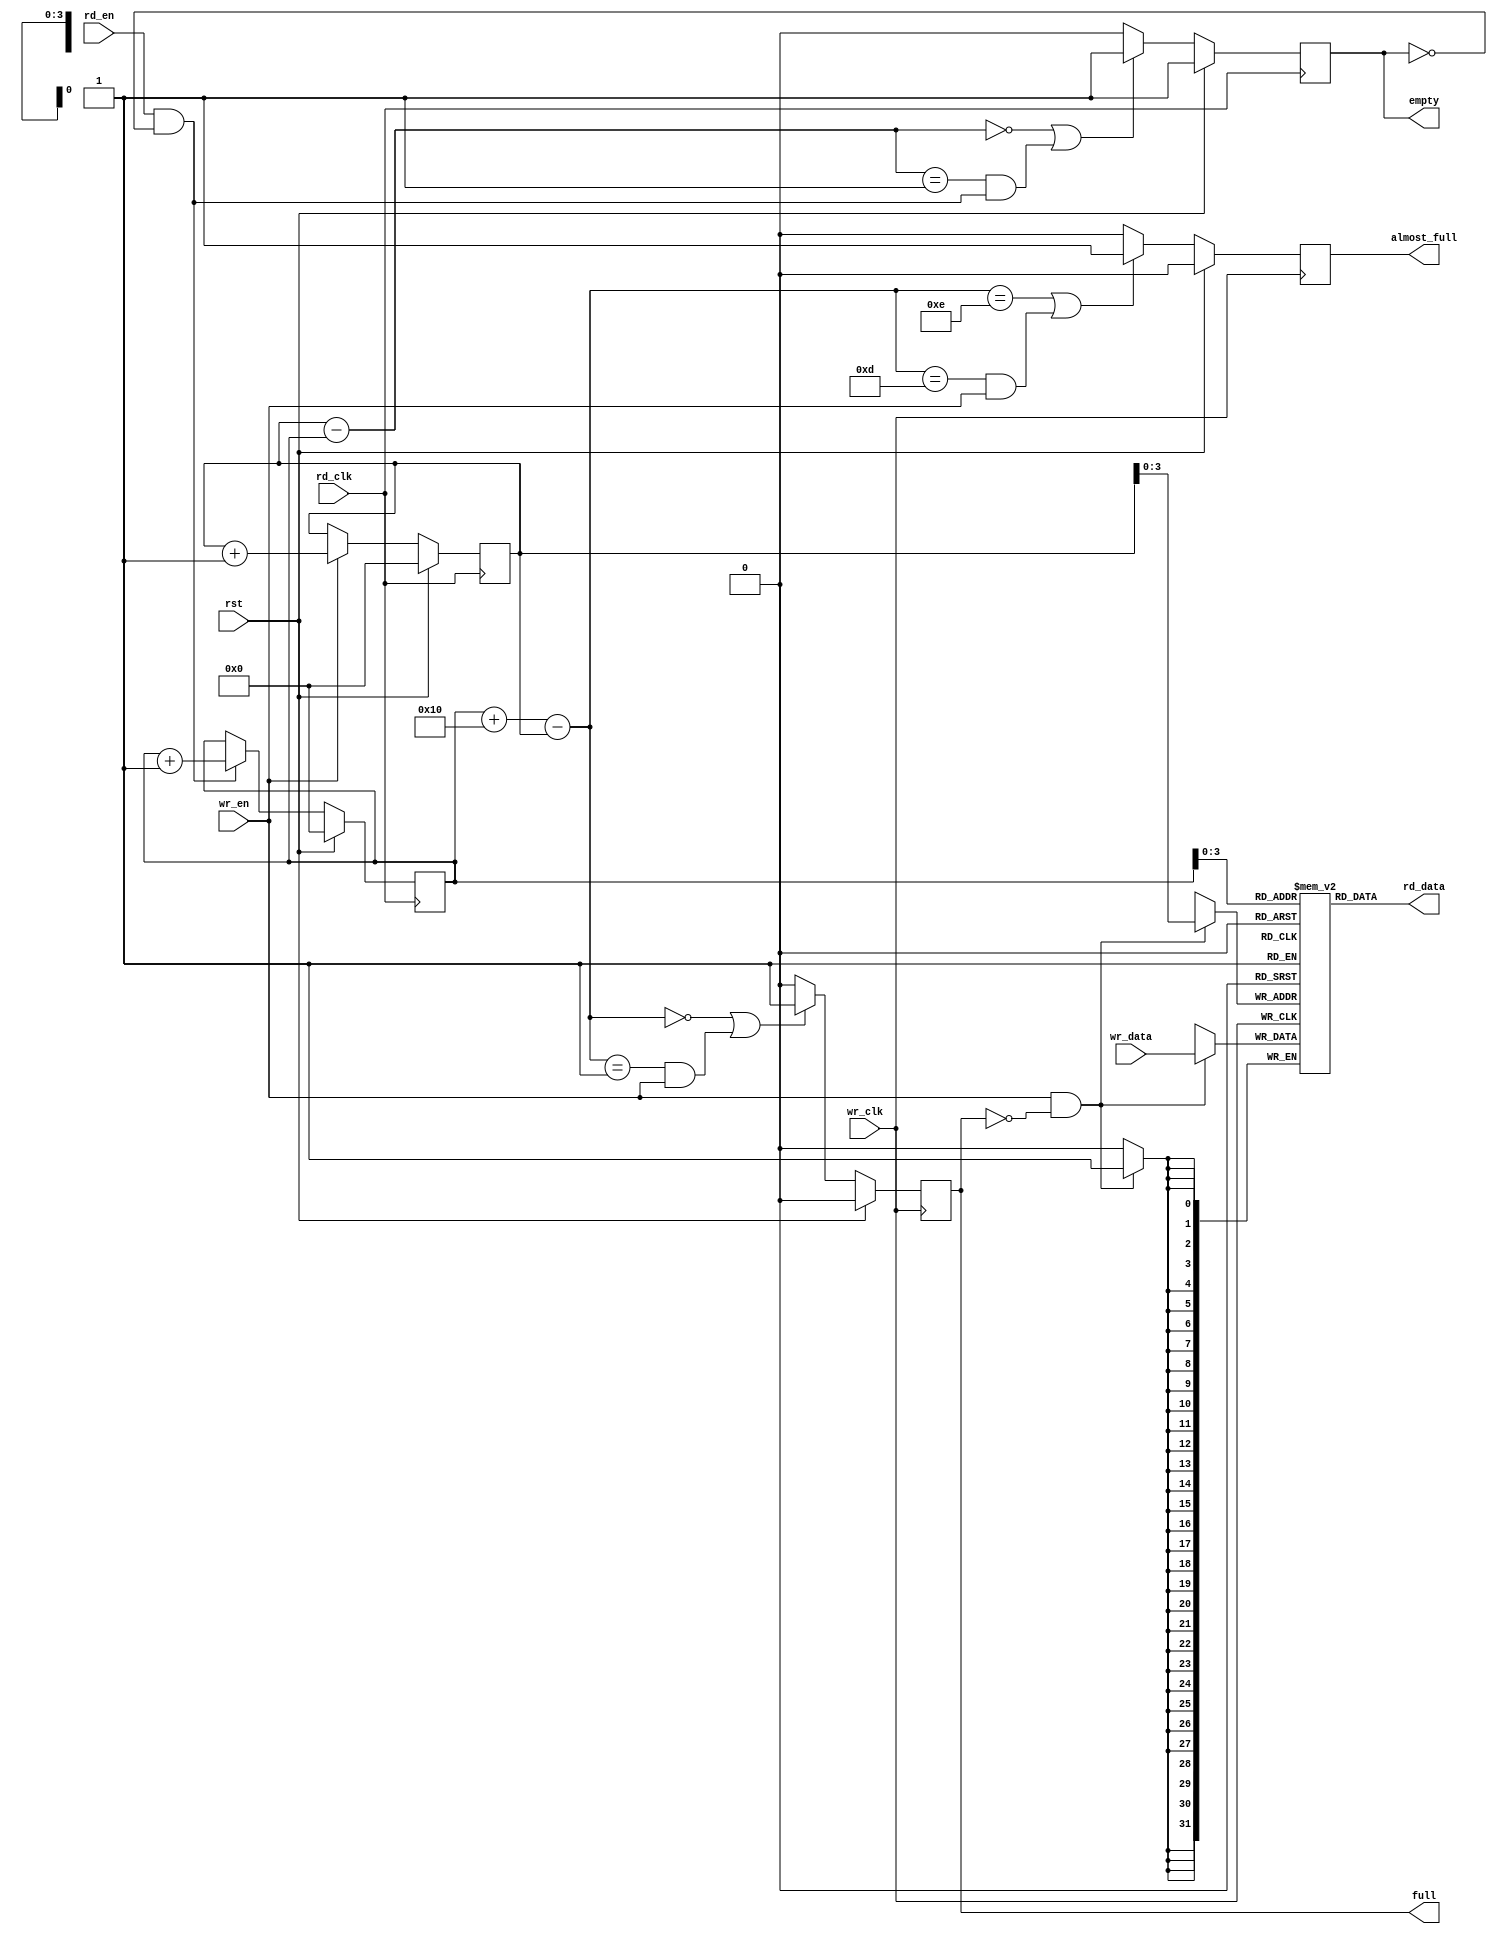
module afifo #
(
 parameter TCQ           = 100,
 parameter DSIZE = 32,
 parameter FIFO_DEPTH = 16,
 parameter ASIZE = 4,
 parameter SYNC = 1   // only has always '1' logic.
)
(
input              wr_clk, 
input              rst,
input              wr_en,
input [DSIZE-1:0]  wr_data,
input              rd_en, 
input              rd_clk, 
output [DSIZE-1:0] rd_data,
output reg         full,
output reg         empty,
output reg         almost_full
);

// memory array
reg [DSIZE-1:0] mem [0:FIFO_DEPTH-1];

//Read Capture Logic
// if Sync = 1, then no need to remove metastability logic because wrclk = rdclk
reg [ASIZE:0] rd_gray_nxt;
reg [ASIZE:0]    rd_gray;
reg [ASIZE:0]    rd_capture_ptr;
reg [ASIZE:0]    pre_rd_capture_gray_ptr;
reg [ASIZE:0]    rd_capture_gray_ptr;
reg [ASIZE:0]    wr_gray;
reg [ASIZE:0] wr_gray_nxt;

reg [ASIZE:0] wr_capture_ptr;
reg [ASIZE:0] pre_wr_capture_gray_ptr;
reg [ASIZE:0] wr_capture_gray_ptr;
wire [ASIZE:0] buf_avail;
wire [ASIZE:0] buf_filled;
wire [ASIZE-1:0] wr_addr, rd_addr;

reg [ASIZE:0]   wr_ptr, rd_ptr;
integer i,j,k;


// for design that use the same clock for both read and write
generate
if (SYNC == 1) begin: RDSYNC
   always @ (rd_ptr)
     rd_capture_ptr = rd_ptr;
end
endgenerate



//capture the wr_gray_pointers to rd_clk domains and convert the gray pointers to binary pointers 
// before do comparison.


  
// if Sync = 1, then no need to remove metastability logic because wrclk = rdclk
generate
if (SYNC == 1) begin: WRSYNC
always @ (wr_ptr)
    wr_capture_ptr = wr_ptr;
end
endgenerate

// dualport ram 
// Memory (RAM) that holds the contents of the FIFO


assign wr_addr = wr_ptr;
assign rd_data = mem[rd_addr];
always @(posedge wr_clk)
begin
if (wr_en && !full)
  mem[wr_addr] <= #TCQ wr_data;

end


// Read Side Logic


assign rd_addr = rd_ptr[ASIZE-1:0];
assign rd_strobe = rd_en && !empty;

integer n;
reg [ASIZE:0] rd_ptr_tmp;
    // change the binary pointer to gray pointer
always @ (rd_ptr)
begin
//  rd_gray_nxt[ASIZE] = rd_ptr_tmp[ASIZE];
//  for (n=0; n < ASIZE; n=n+1) 
//       rd_gray_nxt[n] = rd_ptr_tmp[n] ^ rd_ptr_tmp[n+1];

  rd_gray_nxt[ASIZE] = rd_ptr[ASIZE];
  for (n=0; n < ASIZE; n=n+1) 
       rd_gray_nxt[n] = rd_ptr[n] ^ rd_ptr[n+1];

    
    
end       


always @(posedge rd_clk)
begin
if (rst)
   begin
        rd_ptr <= #TCQ 'b0;
        rd_gray <= #TCQ 'b0;
   end
else begin
    if (rd_strobe)
        rd_ptr <= #TCQ rd_ptr + 1;
        
    rd_ptr_tmp <= #TCQ rd_ptr;
        
    // change the binary pointer to gray pointer
    rd_gray <= #TCQ rd_gray_nxt;
end

end

//generate empty signal
assign buf_filled = wr_capture_ptr - rd_ptr;
               
always @ (posedge rd_clk )
begin
   if (rst)
        empty <= #TCQ 1'b1;
   else if ((buf_filled == 0) || (buf_filled == 1 && rd_strobe))
        empty <= #TCQ 1'b1;
   else
        empty <= #TCQ 1'b0;
end        


// write side logic;

reg [ASIZE:0] wbin;
wire [ASIZE:0] wgraynext, wbinnext;



always @(posedge rd_clk)
begin
if (rst)
   begin
        wr_ptr <= #TCQ 'b0;
        wr_gray <= #TCQ 'b0;
   end
else begin
    if (wr_en)
        wr_ptr <= #TCQ wr_ptr + 1;
        
    // change the binary pointer to gray pointer
    wr_gray <= #TCQ wr_gray_nxt;
end

end


// change the write pointer to gray pointer
always @ (wr_ptr)
begin
    wr_gray_nxt[ASIZE] = wr_ptr[ASIZE];
    for (n=0; n < ASIZE; n=n+1)
       wr_gray_nxt[n] = wr_ptr[n] ^ wr_ptr[n+1];
end       
// calculate how many buf still available
assign buf_avail = (rd_capture_ptr + FIFO_DEPTH) - wr_ptr;

always @ (posedge wr_clk )
begin
   if (rst) 
        full <= #TCQ 1'b0;
   else if ((buf_avail == 0) || (buf_avail == 1 && wr_en))
        full <= #TCQ 1'b1;
   else
        full <= #TCQ 1'b0;
end        


always @ (posedge wr_clk )
begin
   if (rst) 
        almost_full <= #TCQ 1'b0;
   else if ((buf_avail == FIFO_DEPTH - 2 ) || ((buf_avail == FIFO_DEPTH -3) && wr_en))
        almost_full <= #TCQ 1'b1;
   else
        almost_full <= #TCQ 1'b0;
end        

endmodule